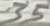
Text: 35